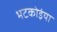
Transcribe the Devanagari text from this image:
भटकोइंया